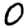
Digit: 0